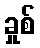
ခှုစ်